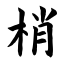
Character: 梢